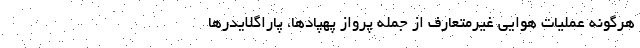
هرگونه عملیات هوایی غیرمتعارف از جمله پرواز پهپادها، پاراگلایدر‌ها